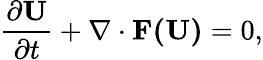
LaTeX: \frac{\partial\mathbf{U}}{\partial t}+\nabla\cdot\mathbf{F(\mathbf{U})}=0,